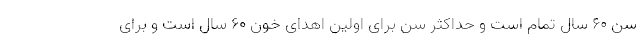
سن ۶۰ سال تمام است و حداکثر سن برای اولین اهدای خون ۶۰ سال است و برای